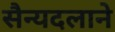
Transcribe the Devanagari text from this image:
सैन्यदलाने